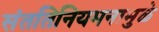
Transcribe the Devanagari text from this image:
संततिनियमनामुळे